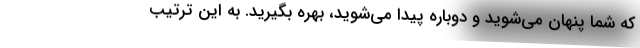
که شما پنهان می‌شوید و دوباره پیدا می‌شوید، بهره بگیرید. به این ترتیب